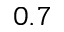
0 . 7